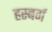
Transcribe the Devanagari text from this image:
हस्बर्ग